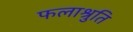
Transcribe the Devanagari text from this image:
फलाश्रुति